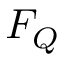
F _ { Q }